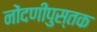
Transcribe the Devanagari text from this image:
नोंदणीपुस्तक